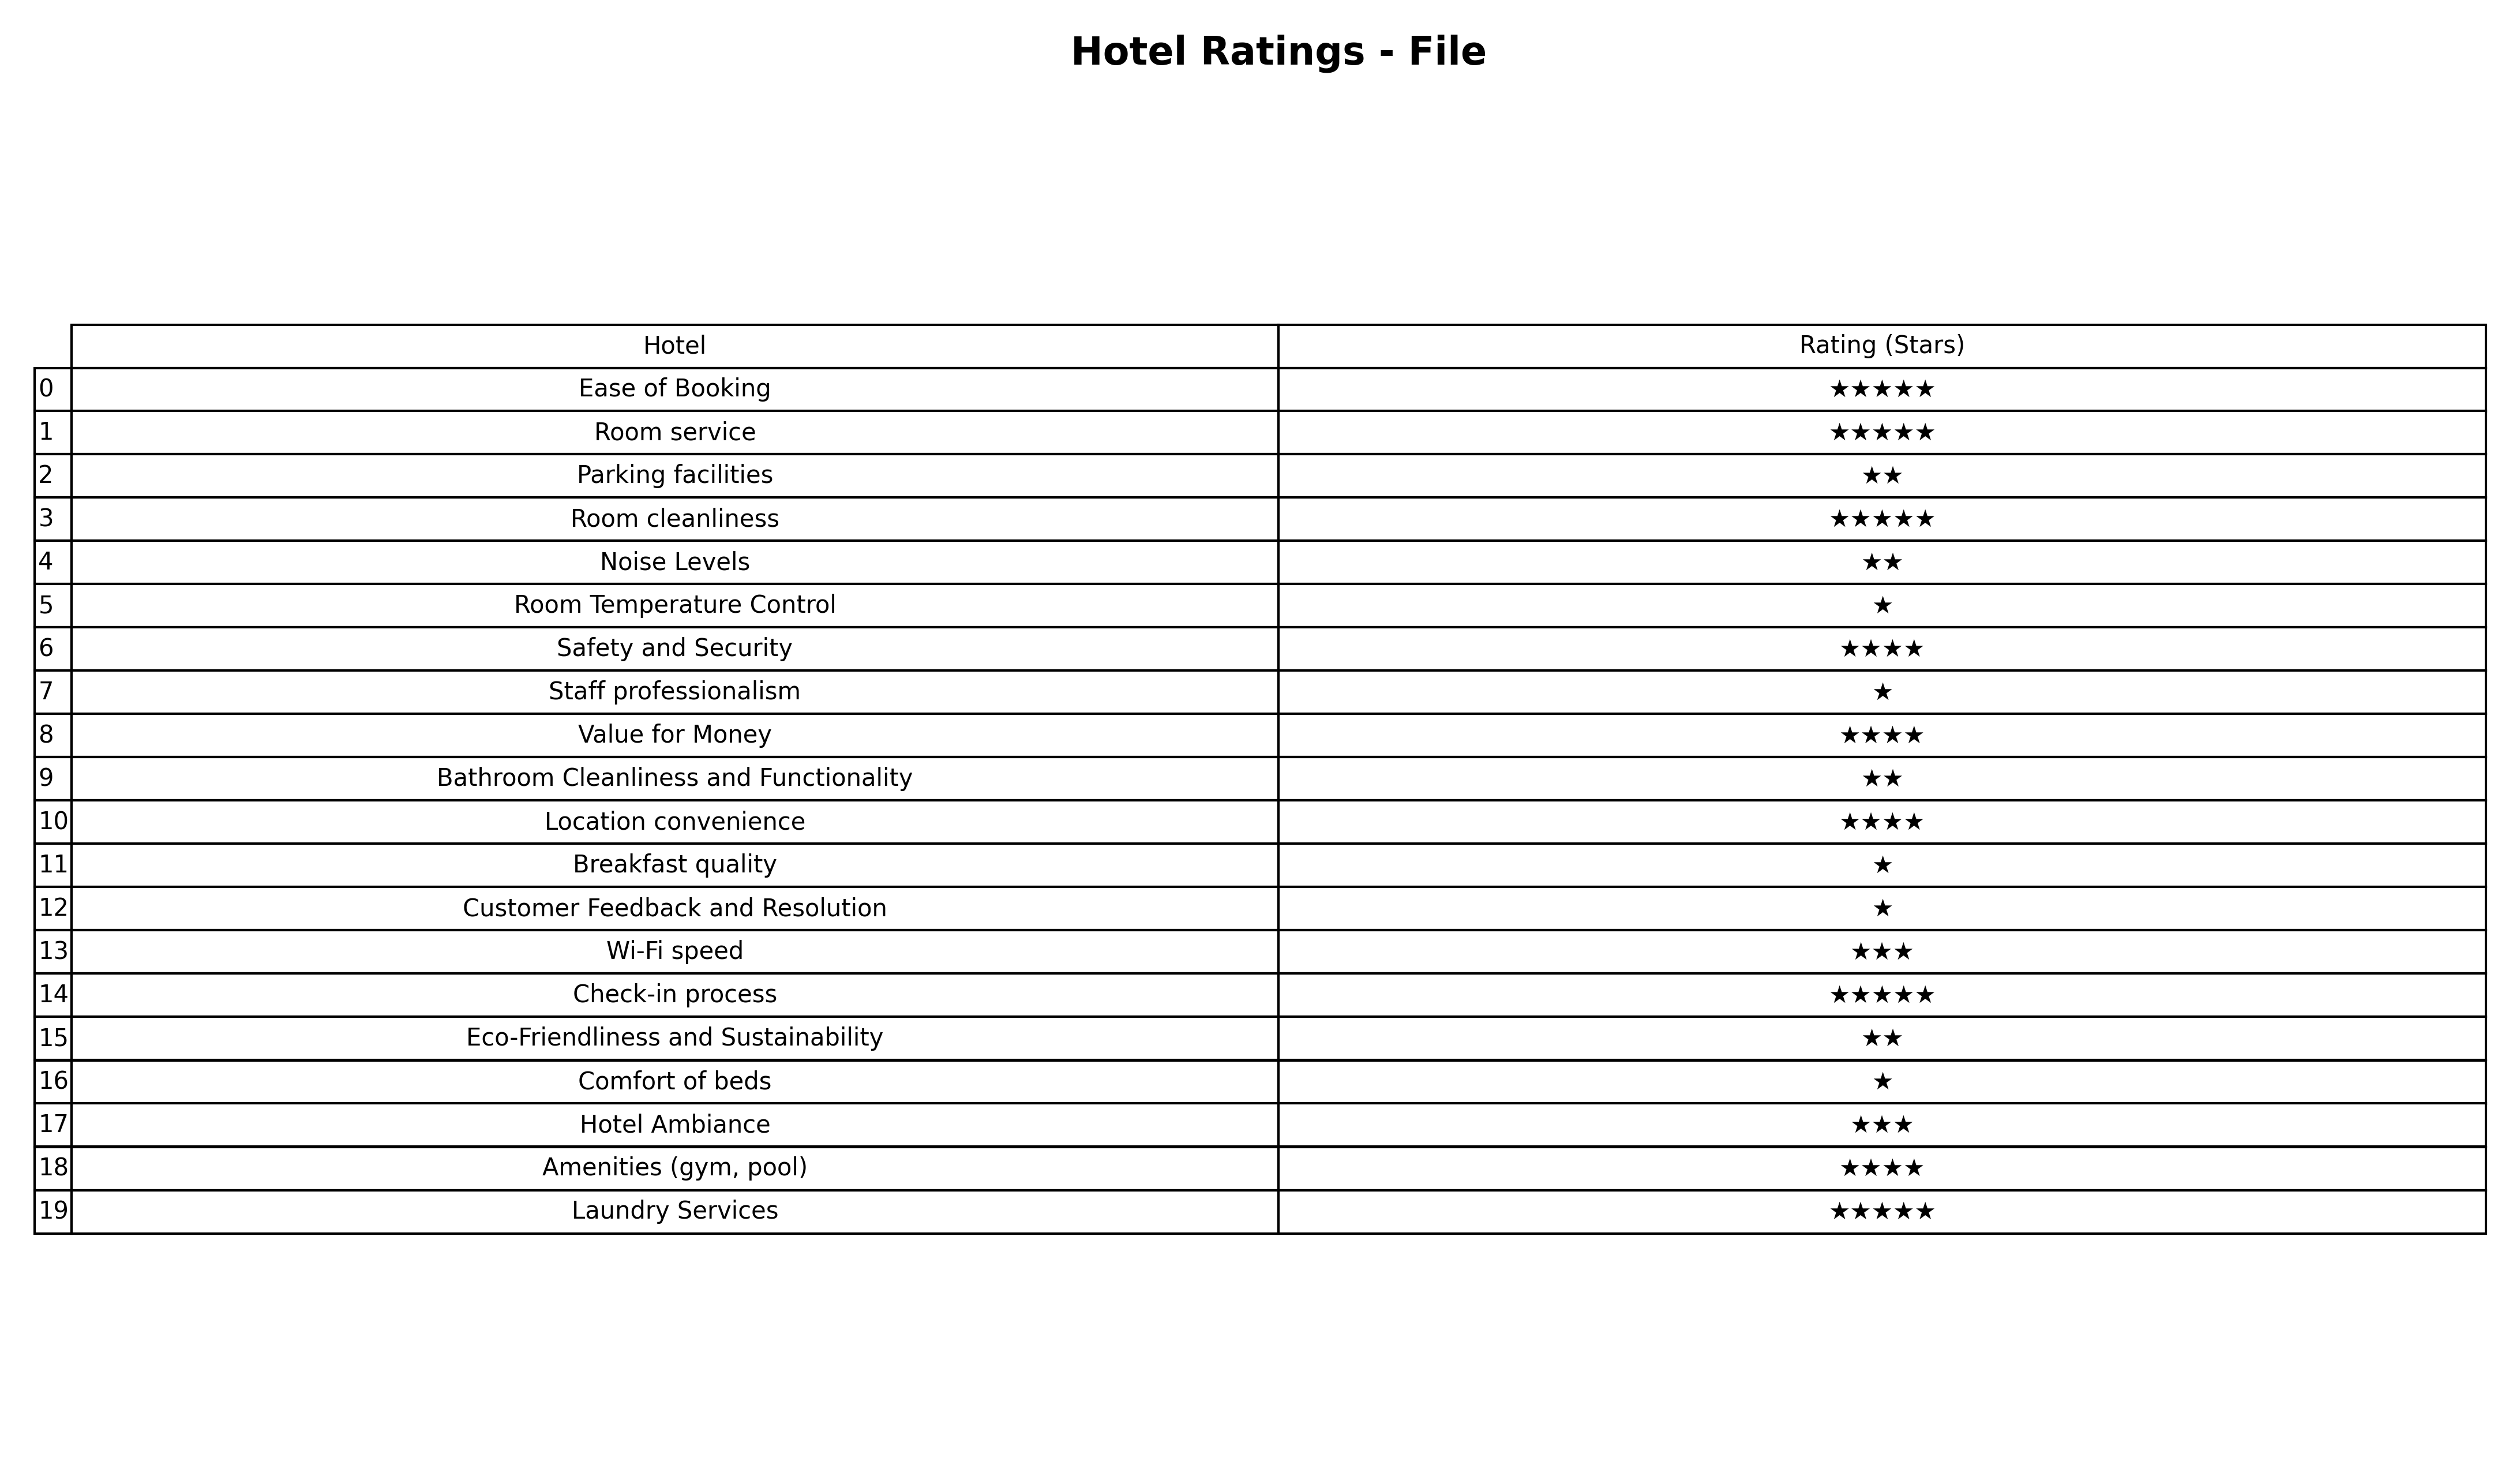
question: What are three star services?
answer: Wi-Fi speedHotel Ambiance